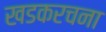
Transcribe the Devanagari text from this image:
खडकरचना